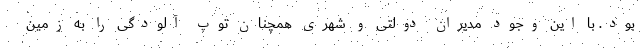
بود. با این وجود مدیران دولتی و شهری همچنان توپ آلودگی را به زمین